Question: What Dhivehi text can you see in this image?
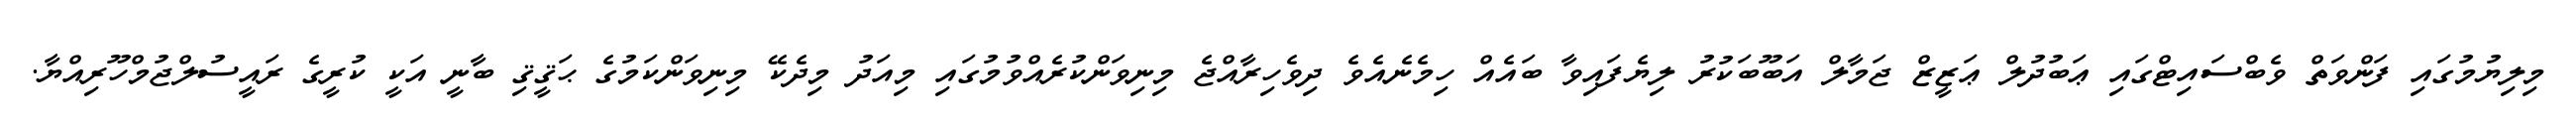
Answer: މިލިޔުމުގައި ފަންވަތް ވެބްސައިޓްގައި ޢަބުދުލް ޢަޒީޒް ޖަމާލް އަބޫބަކުރު ލިޔެފައިވާ ބައެއް ހިމެނެއެވެ ދިވެހިރާއްޖެ މިނިވަންކުރެއްވުމުގައި މިއަދު މިދެކޭ މިނިވަންކަމުގެ ޙަޤީޤި ބާނީ އަކީ ކުރީގެ ރައީސުލްޖުމްހޫރިއްޔާ.